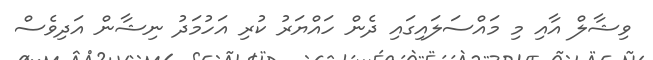
ވިޝާލް އާއި މި މައްސަލައިގައި ދެން ހައްޔަރު ކުރި އަހުމަދު ނިޝާން އަދިވެސް